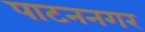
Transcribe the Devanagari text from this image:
पाटननगर